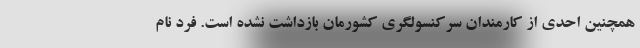
همچنین احدی از کارمندان سرکنسولگری کشورمان بازداشت نشده است. فرد نام